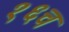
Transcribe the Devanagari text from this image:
१६च